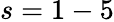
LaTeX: s=1-5